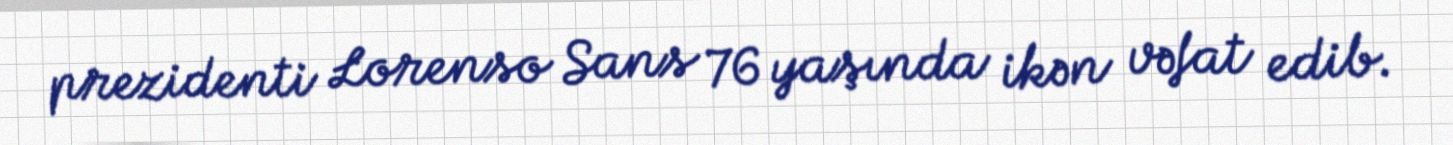
prezidenti Lorenso Sans 76 yaşında ikən vəfat edib.